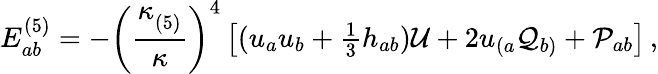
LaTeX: E_{ab}^{(5)}=-\left(\frac{\kappa_{(5)}^{}}{\kappa}\right)^{4}\left[(u_{a}u_{b}+\textstyle{\frac{1}{3}}h_{ab}){\cal U}+2u_{(a}{\cal Q}_{b)}+{\cal P}_{ab}\right]\, ,